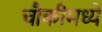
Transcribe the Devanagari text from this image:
चौकीमध्ये